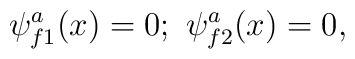
\psi _{f1}^a(x)=0;\ \psi _{f2}^a(x)=0,